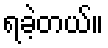
ရခဲ့တယ်။